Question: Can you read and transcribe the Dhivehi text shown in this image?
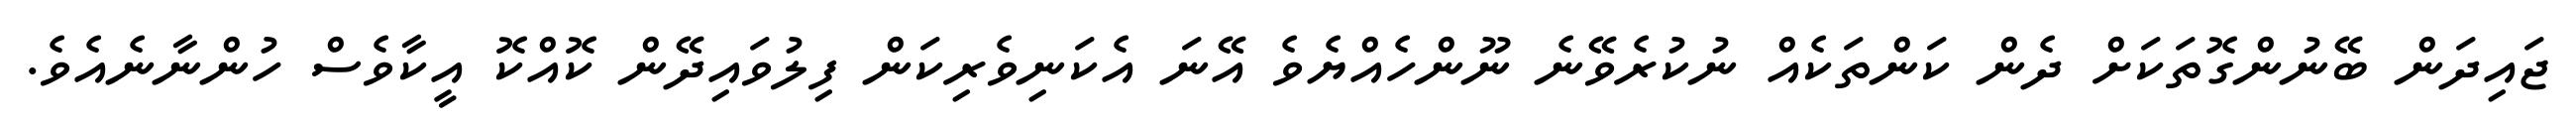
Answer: ޖައިދަން ބޭނުންގޮތަކަށް ދެން ކަންތަކެއް ނުކުރެވޭނެ ނޫންހެއްޔެވެ އޭނަ އެކަނިވެރިކަން ފިލުވައިދޭން ކޮއްކޮ އީކާވެސް ހުންނާނެއެވެ.